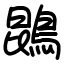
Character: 鵾